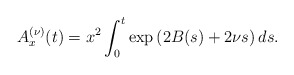
\begin{align*} A^{(\nu)}_{x}(t)=x^2\int_0^t\exp\left(2B(s)+2\nu s\right)ds.\end{align*}